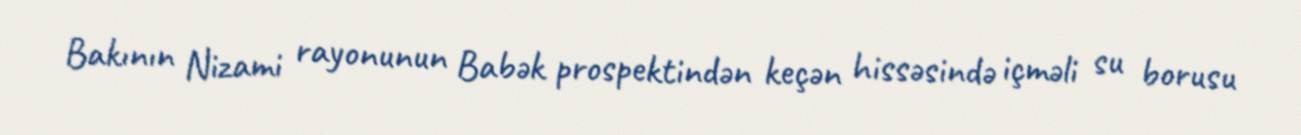
Bakının Nizami rayonunun Babək prospektindən keçən hissəsində içməli su borusu